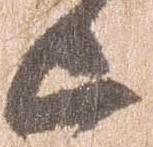
上